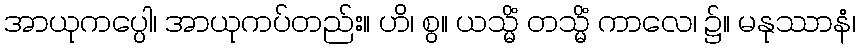
အာယုကပ္ပေါ၊ အာယုကပ်တည်း။ ဟိ၊ စွ။ ယသ္မိံ တသ္မိံ ကာလေ၊ ၌။ မနုဿာနံ၊